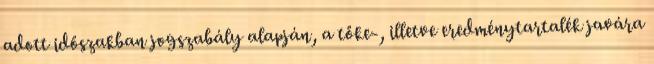
adott időszakban jogszabály alapján, a tőke-, illetve eredménytartalék javára